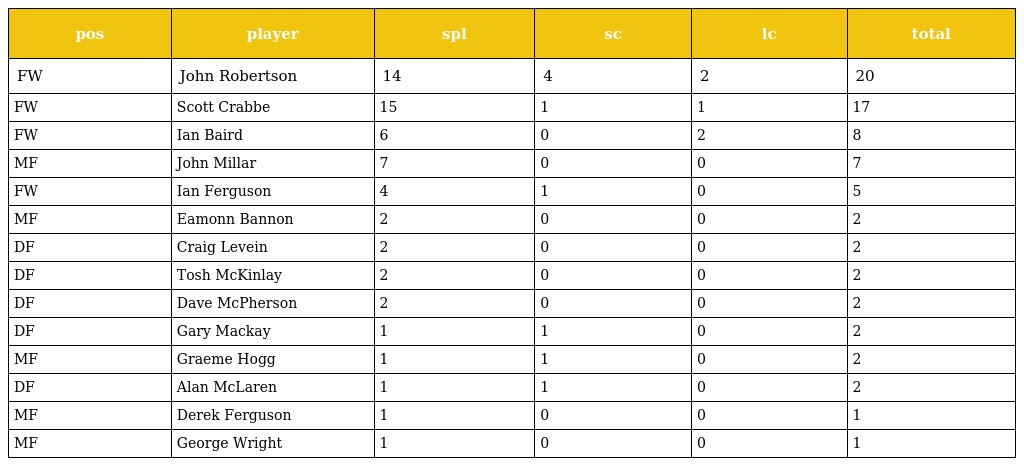
| pos | player | spl | sc | lc | total |
 | --- | --- | --- | --- | --- | --- |
 | FW | John Robertson | 14 | 4 | 2 | 20 |
 | FW | Scott Crabbe | 15 | 1 | 1 | 17 |
 | FW | Ian Baird | 6 | 0 | 2 | 8 |
 | MF | John Millar | 7 | 0 | 0 | 7 |
 | FW | Ian Ferguson | 4 | 1 | 0 | 5 |
 | MF | Eamonn Bannon | 2 | 0 | 0 | 2 |
 | DF | Craig Levein | 2 | 0 | 0 | 2 |
 | DF | Tosh McKinlay | 2 | 0 | 0 | 2 |
 | DF | Dave McPherson | 2 | 0 | 0 | 2 |
 | DF | Gary Mackay | 1 | 1 | 0 | 2 |
 | MF | Graeme Hogg | 1 | 1 | 0 | 2 |
 | DF | Alan McLaren | 1 | 1 | 0 | 2 |
 | MF | Derek Ferguson | 1 | 0 | 0 | 1 |
 | MF | George Wright | 1 | 0 | 0 | 1 |